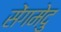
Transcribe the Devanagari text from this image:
सेंगमेदु